Indian Civil Veterinary Department memoirs
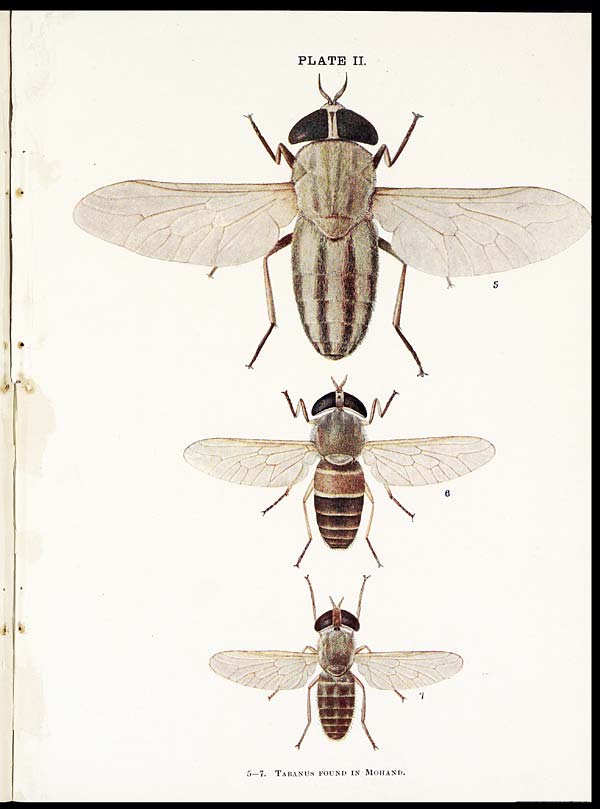
PLATE II.
5—7. TABANUS FOUND IN MOHAND.